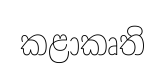
කළාකෘති